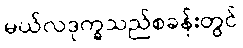
မယ်လဒုက္ခသည်စခန်းတွင်